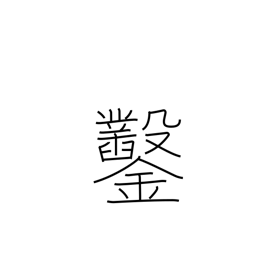
Meaning: chisel